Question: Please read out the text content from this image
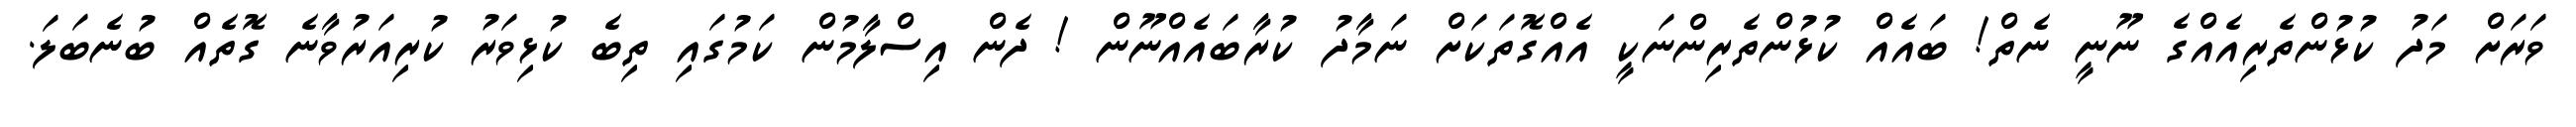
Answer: ވަރަށް މަދު ކުޅުންތެރިއެއްގެ ނޫނީ ނެތް! ބައެއް ކުޅުންތެރިންނަކީ އެއްގޮތަކަށް ނަމާދު ކުރާބައެއްނޫން ! ދެން އިސްލާމުން ކަމުގައި ތިބެ ކުޅިވަރު ކުރިއަރުވާނެ ގޮތެއް ބުނެބަލަ.